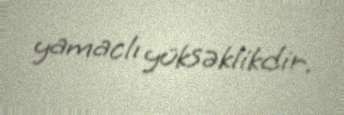
yamaclı yüksəklikdir.